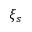
\xi _ { s }